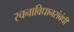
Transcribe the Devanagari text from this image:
रचनाविधानसंबंधी